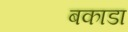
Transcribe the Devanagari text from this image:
बकाडा